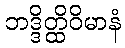
ဘဒ္ဒိတ္ထိဝိမာနံ